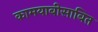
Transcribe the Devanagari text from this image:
कामयाबीसाबित